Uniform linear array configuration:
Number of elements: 24
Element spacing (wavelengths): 0.25
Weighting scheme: cosine
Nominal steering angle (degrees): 30
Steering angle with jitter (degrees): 29.521
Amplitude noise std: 0.05
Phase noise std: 0.05

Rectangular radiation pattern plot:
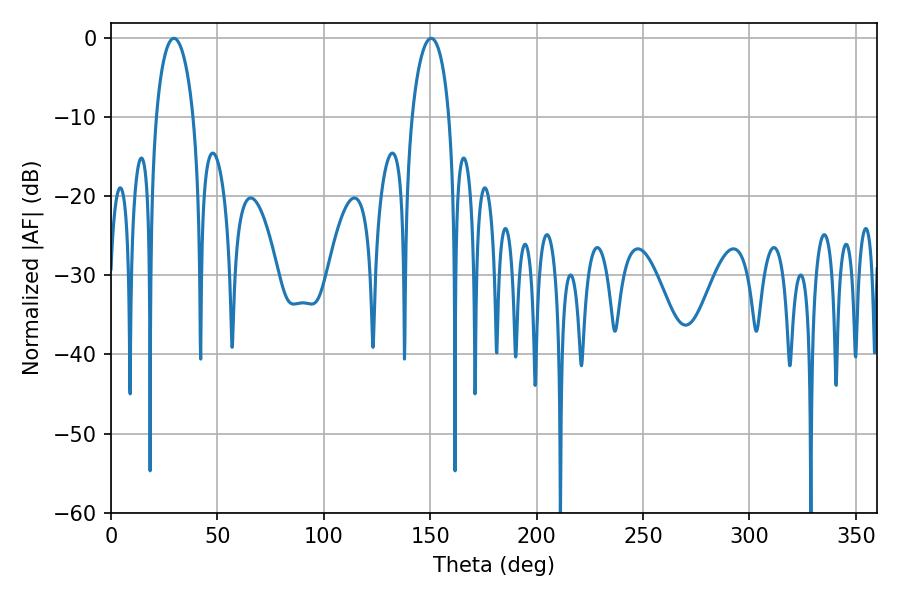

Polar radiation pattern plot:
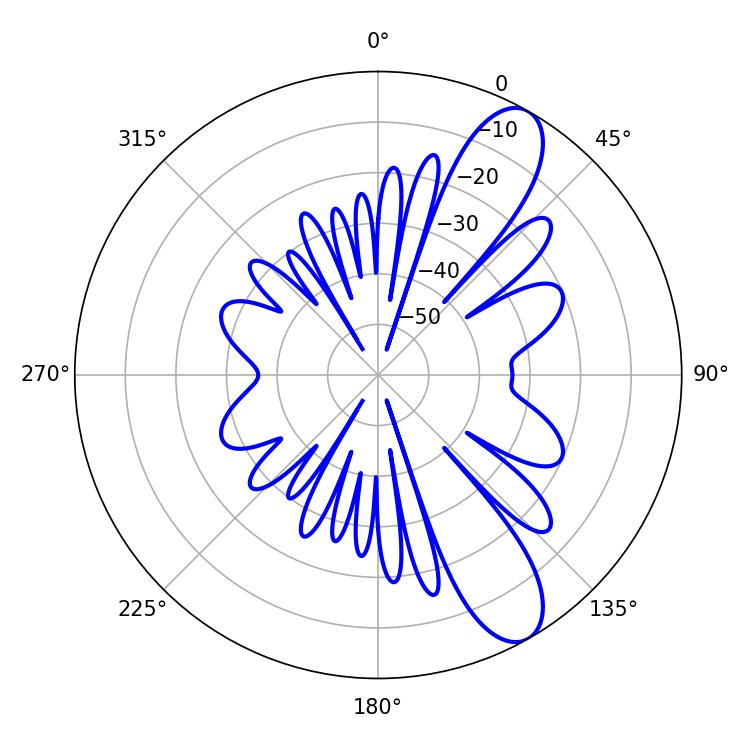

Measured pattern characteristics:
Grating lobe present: FALSE
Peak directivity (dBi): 10.215
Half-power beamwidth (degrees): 10.08
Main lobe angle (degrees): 29.52